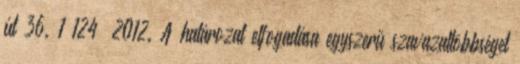
út 36. 1 124 2012. A határozat elfogadása egyszerű szavazattöbbséget